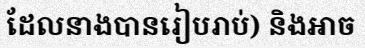
ដែលនាងបានរៀបរាប់) និងអាច